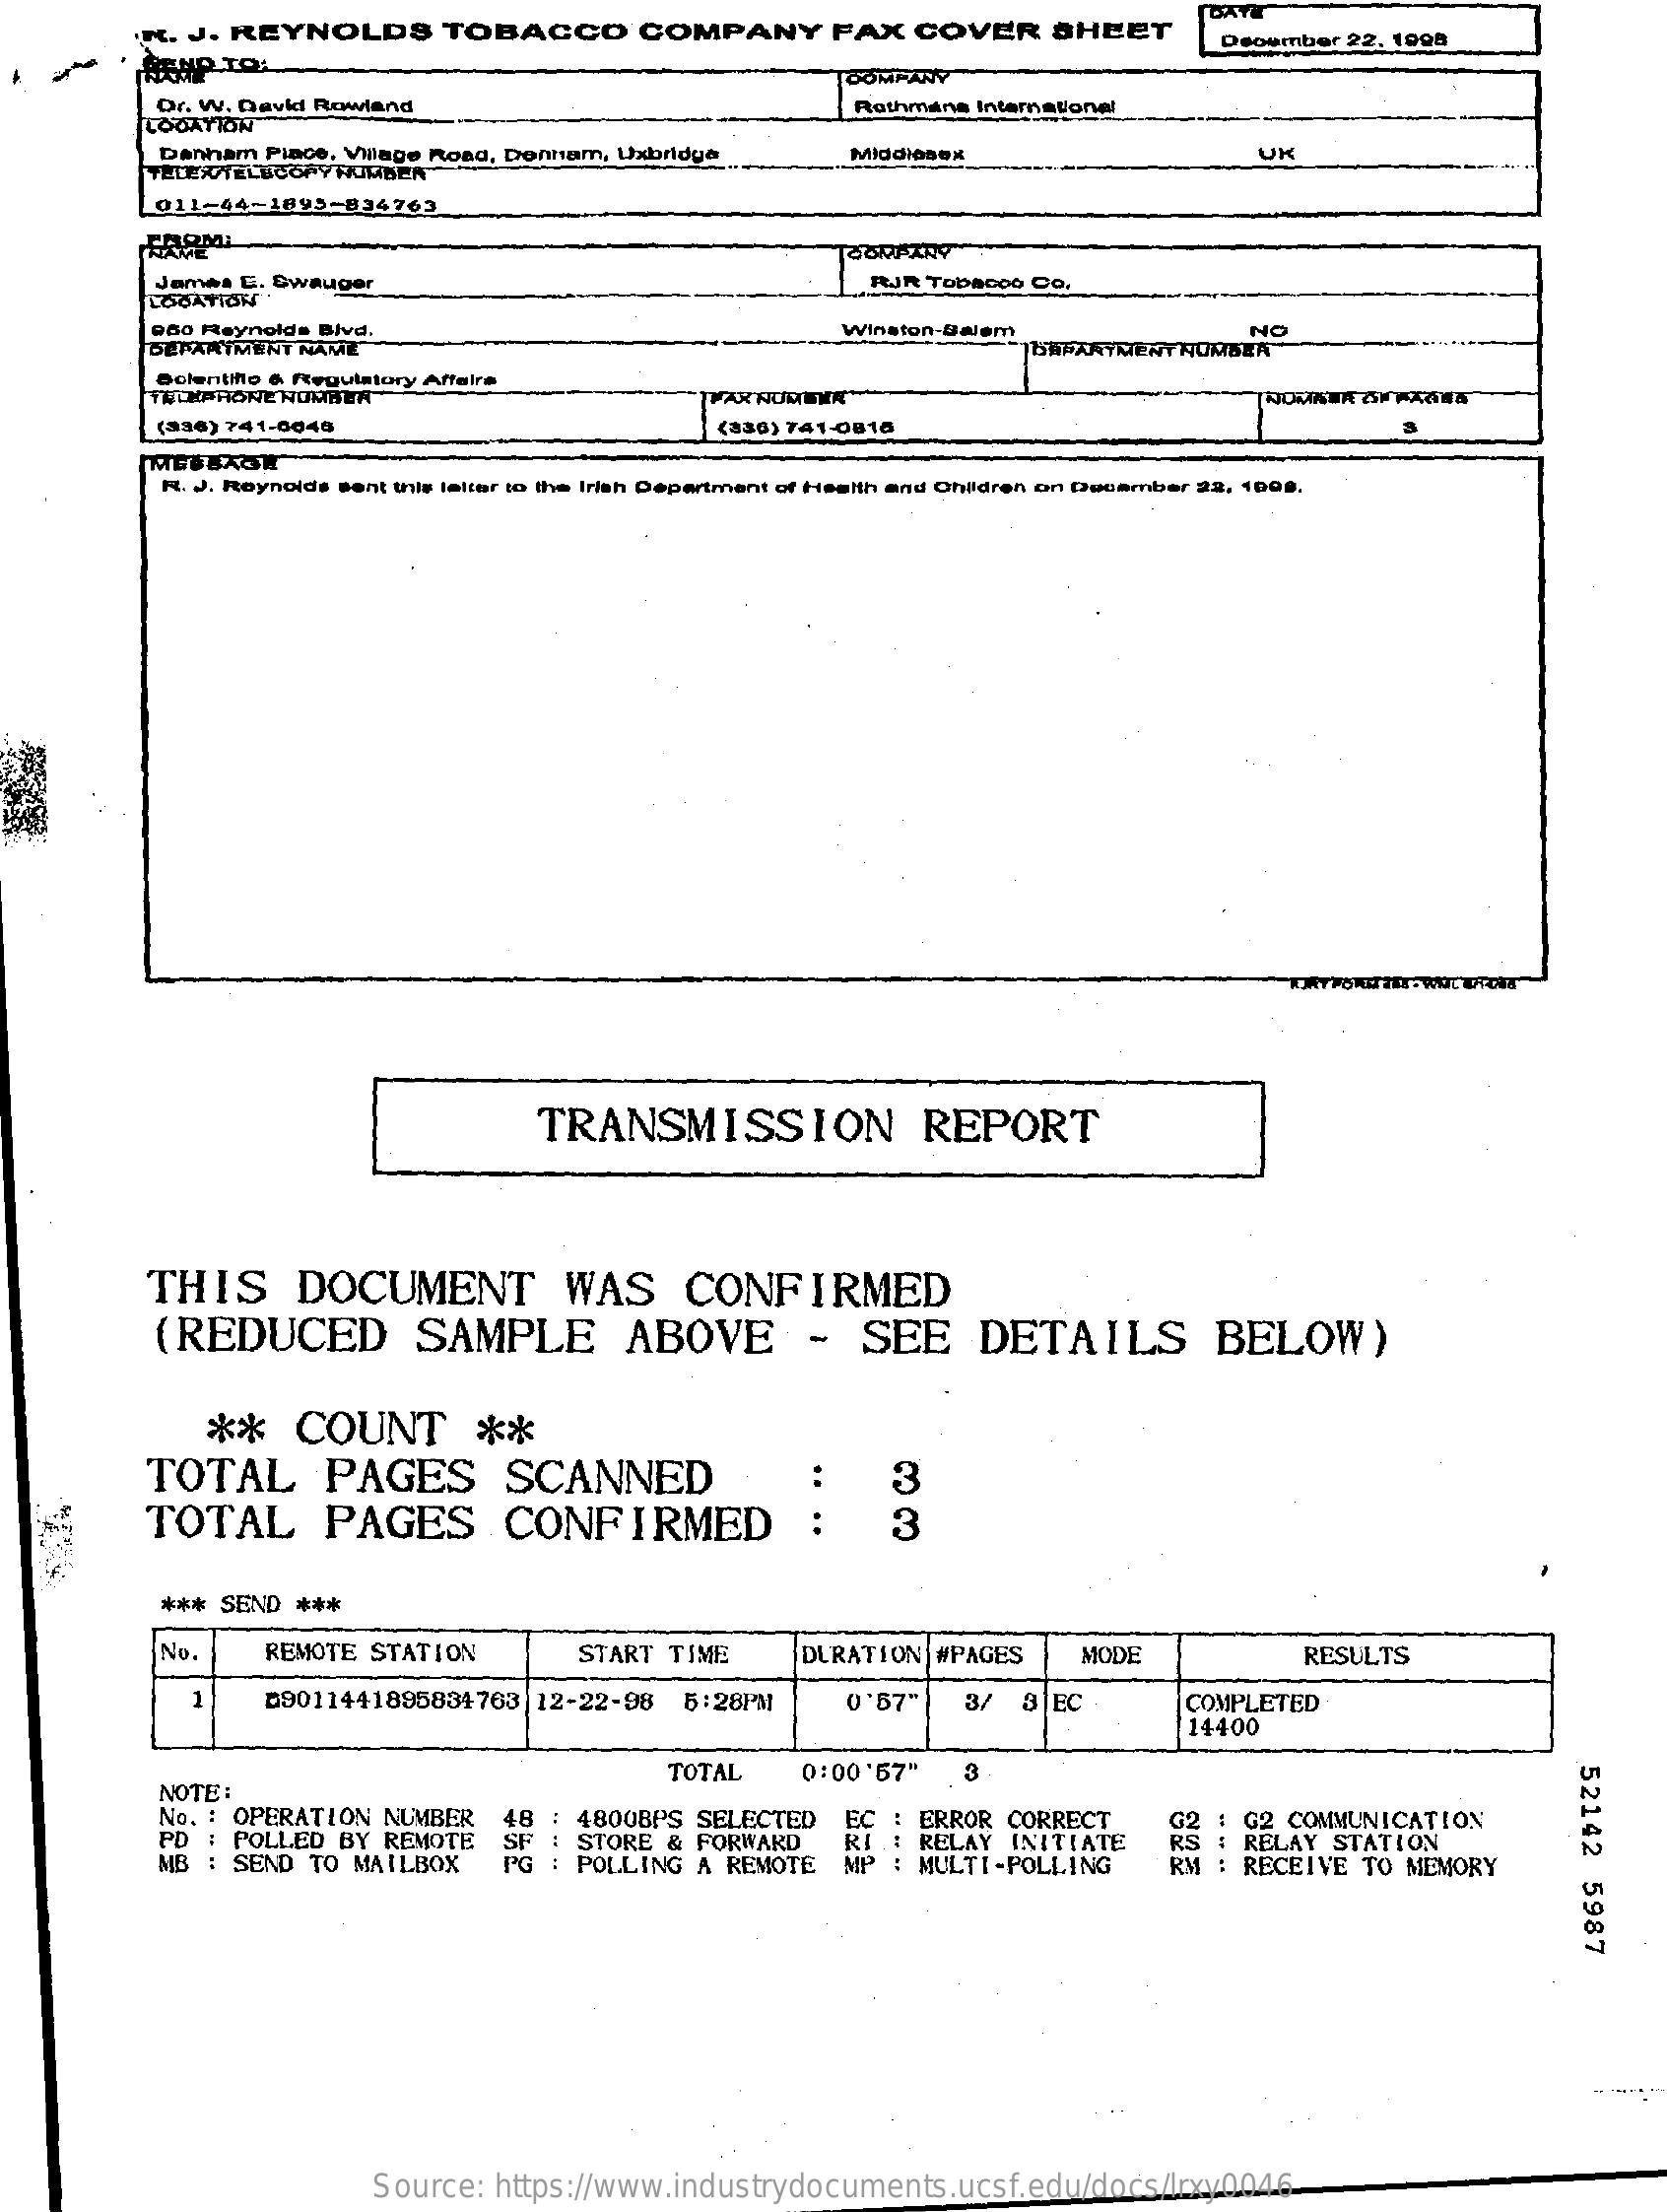
R. J. REYNOLDS    TOBACCO    COMPANY    FAX   COVER    SHEET
     BAT
     Deoumber 22, 1908
     REHP.TO.
     COMP
     Or. w. David Rowland
     LOCATION
     Rothmans International
     Danham Piace. Village Road, Dennam, Uxbridge    Middlesex    UK
     TELLERTELBCOPY NUMBER
     011-44-1895-834763
     James E. Swauger    RJR TobacOG CO.
     Q80 Reynolds Blvd.
     DEPARTMENT NAME
     Vinston-Salem
     BRFARYMENT NUMBER
     NO
     Bolentiflo & Regulatory Affairs
     THEPHONE NOMBEA    FAX'NUMER
     (336) 741-6040    (330) 741-0816
     R. J. Reynolds sent this letter to the Irish Department of Health and Children on December 22, 1000.
     TRANSMISSION    REPORT
     THIS    DOCUMENT    WAS    CONFIRMED
     (REDUCED    SAMPLE    ABOVE    -   SEE    DETAILS    BELOW)
     **    COUNT    **
     TOTAL    PAGES    SCANNED    3
     TOTAL    PAGES    CONFIRMED    3
     *** SEND ***
     No.    REMOTE  STATION    START  TIME    DURATION  #PAGES    MODE    RESULTS
     1    09011441895834763   12-22-98  5:28PM    0'67"   3/  3EC    COMPLETED
     14400
     NOTE:
     TOTAL    0:00'57"    3
     52142
     5987
     No. : OPERATION NUMBER
     PD : POLLED BY  REMOTE   SF
     18 : 4800BPS SELECTED   EC    ERROR CORRECT    G2 COMMUNICATION
     MB  : SEND TO  MAILBOX    PG
     STORE & FORWARD
     : POLLING A  REMOTE
     RI
     MP
     RELAY INITIATE
     MULTI-POLLING
     RS : RELAY STATION
     RM : RECEIVE  TO MEMORY
     Source: https://www.industrydocuments.ucsf.edu/docs/lrxy0046